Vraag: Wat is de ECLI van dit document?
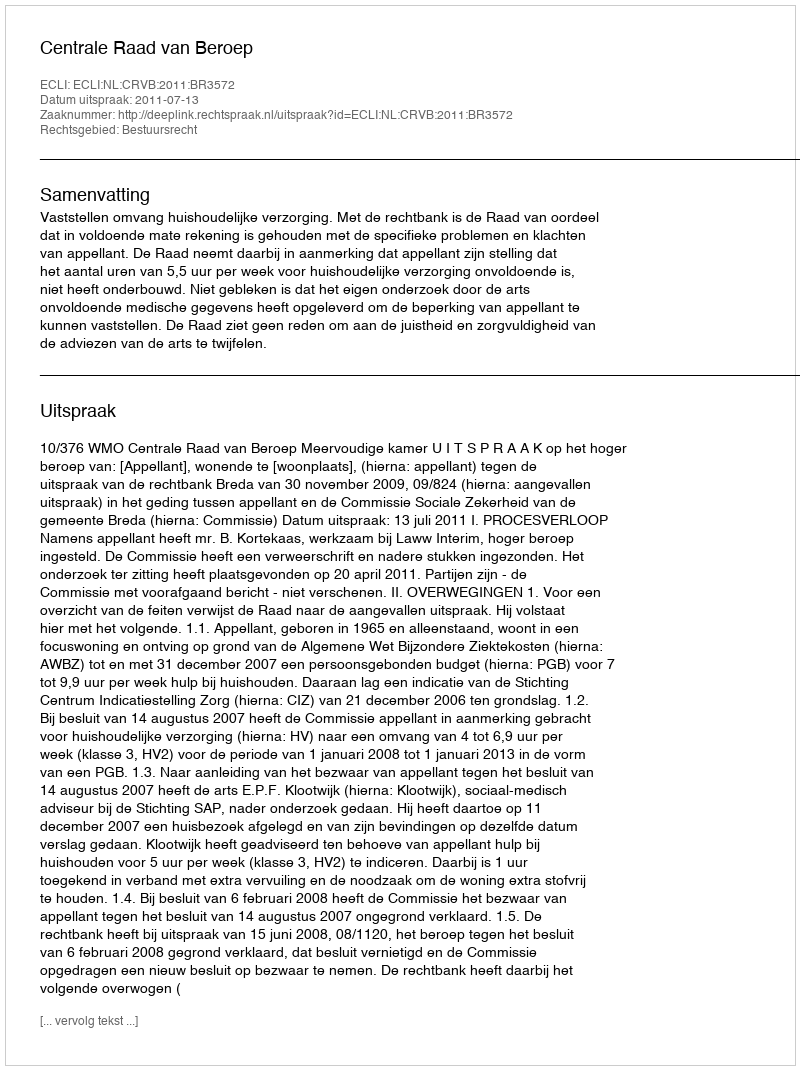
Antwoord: ECLI:NL:CRVB:2011:BR3572